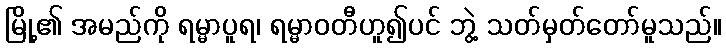
မြို့၏ အမည်ကို ရမ္မာပူရ၊ ရမ္မာဝတီဟူ၍ပင် ဘွဲ့ သတ်မှတ်တော်မူသည်။